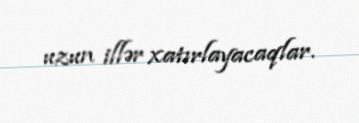
uzun illər xatırlayacaqlar.